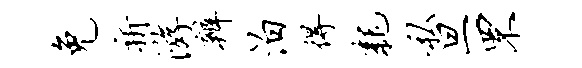
免祈游辨泊得耗私旦罘